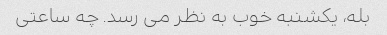
بله، یکشنبه خوب به نظر می رسد. چه ساعتی